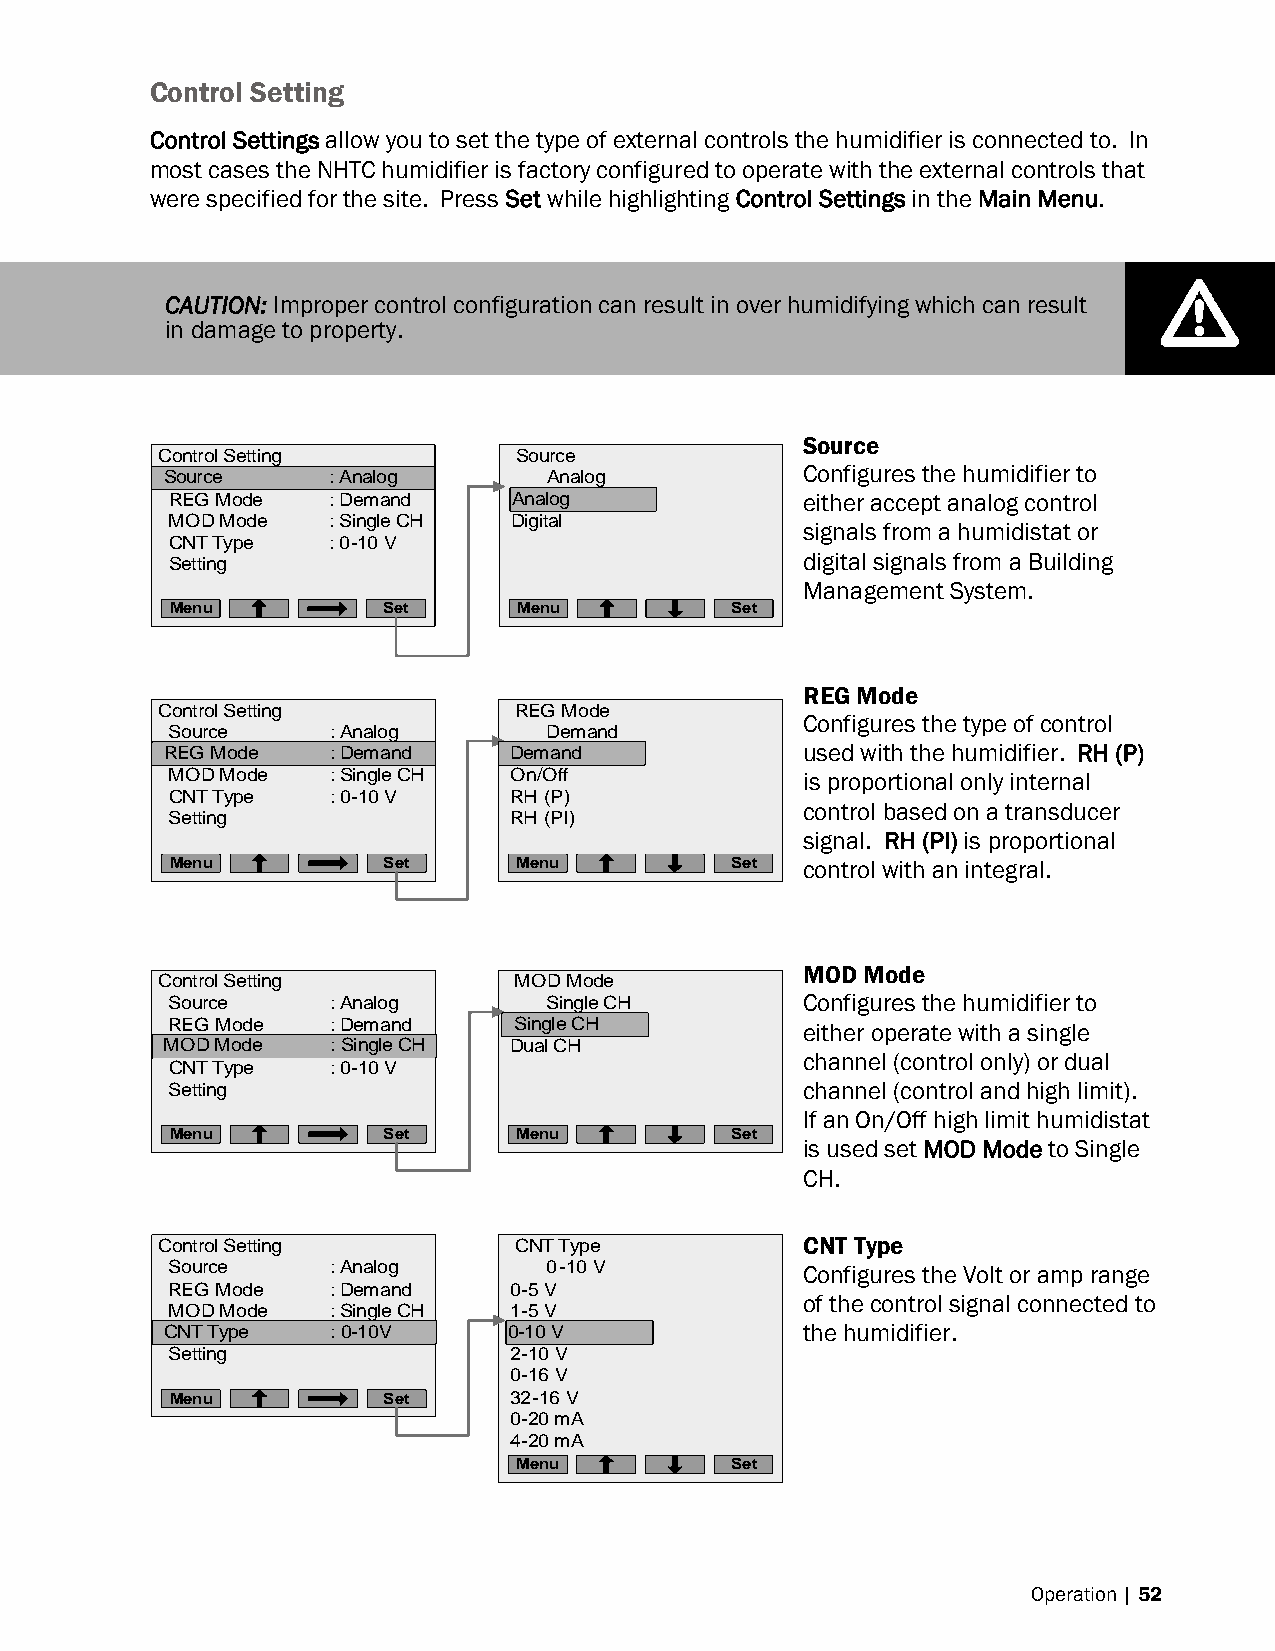
Control Setting
 Control Settings allow you to set the type of external controls the humidifier is connected to. In
 most cases the NHTC humidifier is factory configured to operate with the external controls that
 were specified for the site. Press Set while highlighting Control Settings in the Main Menu.
 CAUTION: Improper control configuration can result in over humidifying which can result
 in damage to property.
 Source
 Control Setting         Source
 Configures the humidifier to
 SSoouurrccee :: AAnnaalloogg Analog
 REG Mode   : Demand    AAnnaalloogg       either accept analog control
 MOD Mode   : Single CH Digital
 signals from a humidistat or
 CNT Type   : 0-10 V
 Setting                                   digital signals from a Building
 Management System.
 Menu          Set      Menu          Set
 REG Mode
 Control Setting         REG Mode
 Configures the type of control
 Source     : Analog      Demand
 RREEGG M Mooddee :: DDeemmaanndd DDeemmaanndd used with the humidifier. RH (P)
 MOD Mode   : Single CH On/Off             is proportional only internal
 CNT Type   : 0-10 V    RH (P)
 control based on a transducer
 Setting                RH (PI)
 signal. RH (PI) is proportional
 Menu          Set      Menu          Set  control with an integral.
 MOD Mode
 Control Setting         MOD Mode
 Source     : Analog      Single CH        Configures the humidifier to
 REG Mode   : Demand    SSiinnggllee CCHH  either operate with a single
 MMOODD MMooddee :: SSiinnggllee CCHH Dual CH
 channel (control only) or dual
 CNT Type   : 0-10 V
 Setting                                   channel (control and high limit).
 If an On/Off high limit humidistat
 Menu          Set      Menu          Set
 is used set MOD Mode to Single
 CH.
 Control Setting         CNT Type           CNT Type
 Source     : Analog      0-10 V           Configures the Volt or amp range
 REG Mode   : Demand    0-5 V
 of the control signal connected to
 MOD Mode   : Single CH 1-5 V
 CCNNTT TTyyppee :: 00--1100 VV 00--1100 VV the humidifier.
 Setting                2-10 V
 0-16 V
 Menu          Set      32-16 V
 0-20 mA
 4-20 mA
 Menu          Set
 Operation | 52